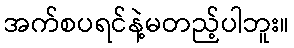
အက်စပရင်နဲ့မတည့်ပါဘူး။